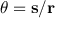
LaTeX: \theta = \mathbf { s } / \mathbf { r }